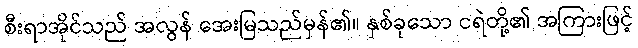
စီးရာအိုင်သည် အလွန် အေးမြသည်မှန်၏။ နှစ်ခုသော ငရဲတို့၏ အကြားဖြင့်